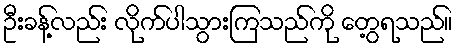
ဦးခန့်လည်း လိုက်ပါသွားကြသည်ကို တွေ့ရသည်။